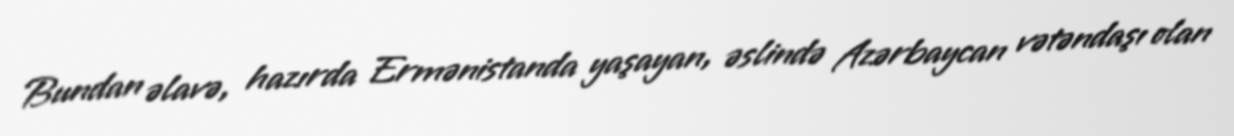
Bundan əlavə, hazırda Ermənistanda yaşayan, əslində Azərbaycan vətəndaşı olan